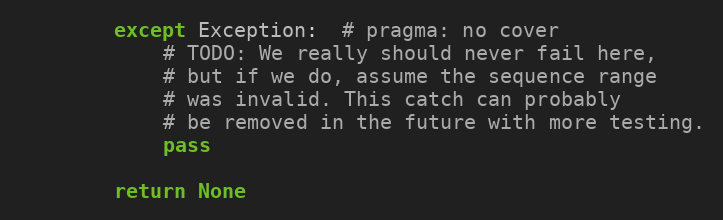
Language: Python
        except Exception:  # pragma: no cover
            # TODO: We really should never fail here,
            # but if we do, assume the sequence range
            # was invalid. This catch can probably
            # be removed in the future with more testing.
            pass

        return None